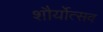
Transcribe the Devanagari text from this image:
शौर्योत्सव